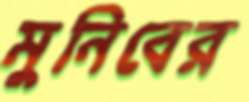
মুনিবের